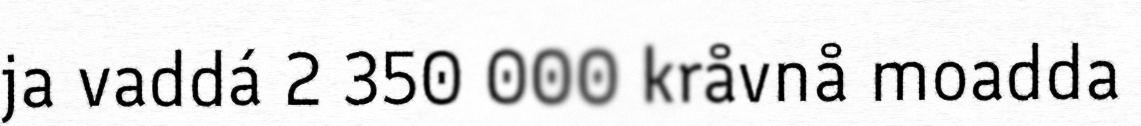
ja vaddá 2 350 000 kråvnå moadda